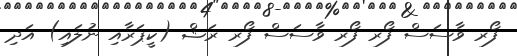
ފޯރ ވާސަސް ފޯރ ފޯރ ވާސަސް ފޯރ ރަޝް (ކީޕަރާއި ނުލައި) އަދި